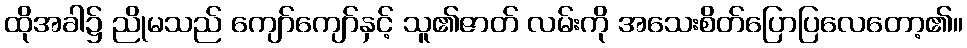
ထိုအခါ၌ ညိုမသည် ကျော်ကျော်နှင့် သူ၏ဇာတ် လမ်းကို အသေးစိတ်ပြောပြလေတော့၏။